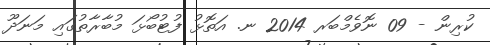
ކުރިން - 09 ނޮވެމްބަރ 2014 ނ. އަތޮޅު ފުޓުބޯޅަ މުބާރާތުގައި މަނަދޫ